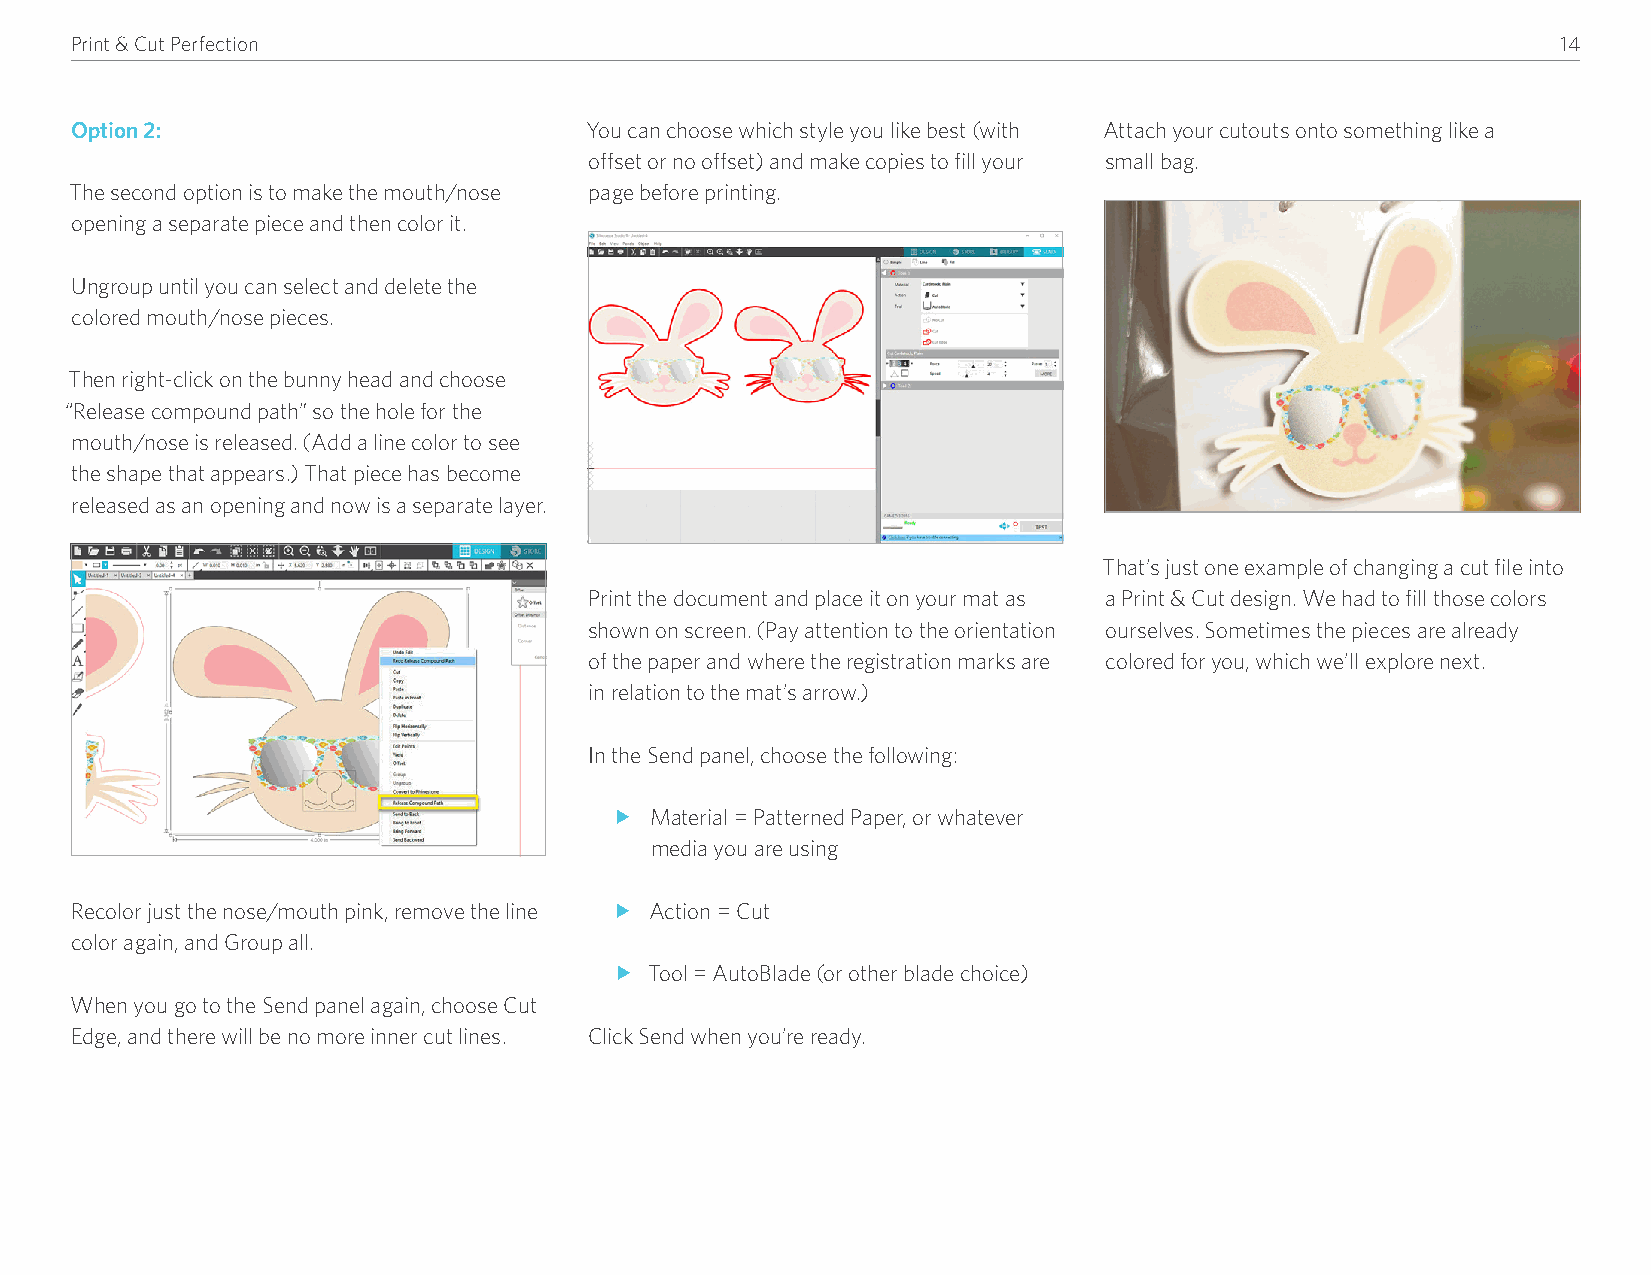
Print & Cut Perfection                                                                            14
 Option 2:                         You can choose which style you like best (with Attach your cutouts onto something like a
 offset or no offset) and make copies to fill your small bag�
 The second option is to make the mouth/nose page before printing�
 opening a separate piece and then color it�
 Ungroup until you can select and delete the
 colored mouth/nose pieces�
 Then right-click on the bunny head and choose
 “Release compound path” so the hole for the
 mouth/nose is released� (Add a line color to see
 the shape that appears�) That piece has become
 released as an opening and now is a separate layer�
 That’s just one example of changing a cut file into
 Print the document and place it on your mat as a Print & Cut design� We had to fill those colors
 shown on screen� (Pay attention to the orientation ourselves� Sometimes the pieces are already
 of the paper and where the registration marks are colored for you, which we’ll explore next�
 in relation to the mat’s arrow�)
 In the Send panel, choose the following:
 f Material = Patterned Paper, or whatever
 media you are using
 Recolor just the nose/mouth pink, remove the line f Action = Cut
 color again, and Group all�
 f Tool = AutoBlade (or other blade choice)
 When you go to the Send panel again, choose Cut
 Edge, and there will be no more inner cut lines� Click Send when you’re ready�